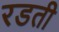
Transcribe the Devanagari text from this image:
रडती